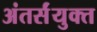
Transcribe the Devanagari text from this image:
अंतर्संयुक्त